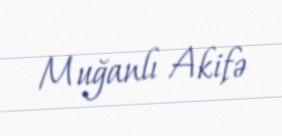
Muğanlı Akifə